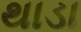
થાડા